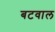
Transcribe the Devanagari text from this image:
बटवाल